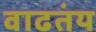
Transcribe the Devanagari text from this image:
वाढतंय